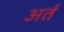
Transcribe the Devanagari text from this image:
अर्त